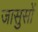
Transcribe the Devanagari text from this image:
जासुसों